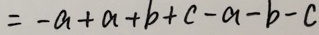
= - a + a + b + c - a - b - c